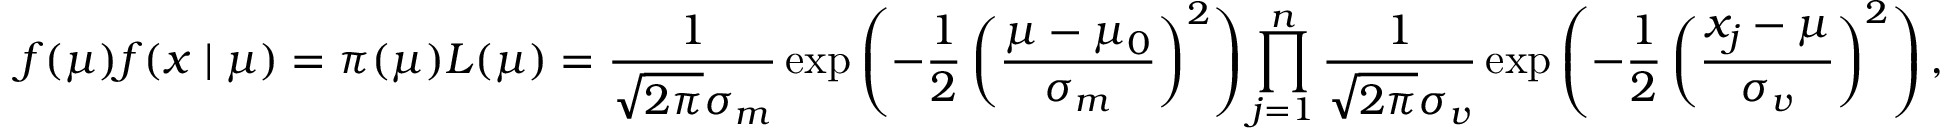
f ( \mu ) f ( x \mid \mu ) = \pi ( \mu ) L ( \mu ) = { \frac { 1 } { { \sqrt { 2 \pi } } \sigma _ { m } } } \exp \left( - { \frac { 1 } { 2 } } \left( { \frac { \mu - \mu _ { 0 } } { \sigma _ { m } } } \right) ^ { 2 } \right) \prod _ { j = 1 } ^ { n } { \frac { 1 } { { \sqrt { 2 \pi } } \sigma _ { v } } } \exp \left( - { \frac { 1 } { 2 } } \left( { \frac { x _ { j } - \mu } { \sigma _ { v } } } \right) ^ { 2 } \right) ,